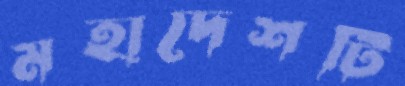
মহাদেশটি